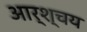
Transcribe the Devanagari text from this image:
आर्श्चय